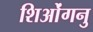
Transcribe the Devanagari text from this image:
शिओंगनु